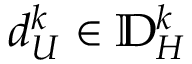
d _ { U } ^ { k } \in \mathbb { D } _ { H } ^ { k }